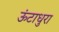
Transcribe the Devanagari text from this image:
ऊंटाधुरा